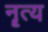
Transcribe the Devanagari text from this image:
नॄत्य